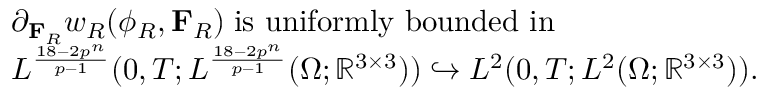
\begin{array} { r l } & { \partial _ { \mathbf { F } _ { R } } w _ { R } ( \phi _ { R } , \mathbf { F } _ { R } ) \; \mathrm { i s ~ u n i f o r m l y ~ b o u n d e d ~ i n } \; } \\ & { L ^ { \frac { 1 8 - 2 p ^ { n } } { p - 1 } } ( 0 , T ; L ^ { \frac { 1 8 - 2 p ^ { n } } { p - 1 } } ( \Omega ; \mathbb { R } ^ { 3 \times 3 } ) ) \hookrightarrow L ^ { 2 } ( 0 , T ; L ^ { 2 } ( \Omega ; \mathbb { R } ^ { 3 \times 3 } ) ) . } \end{array}